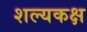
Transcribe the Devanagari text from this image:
शल्यकक्ष